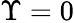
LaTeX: \Upsilon=0